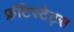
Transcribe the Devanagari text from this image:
फ्रंटिस्टेट्स